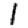
Digit: 1